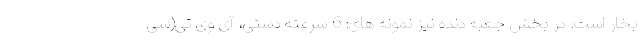
بخار است. در بخش جعبه دنده نیز نمونه های: 6 سرعته دستی، آی وی تی(سی